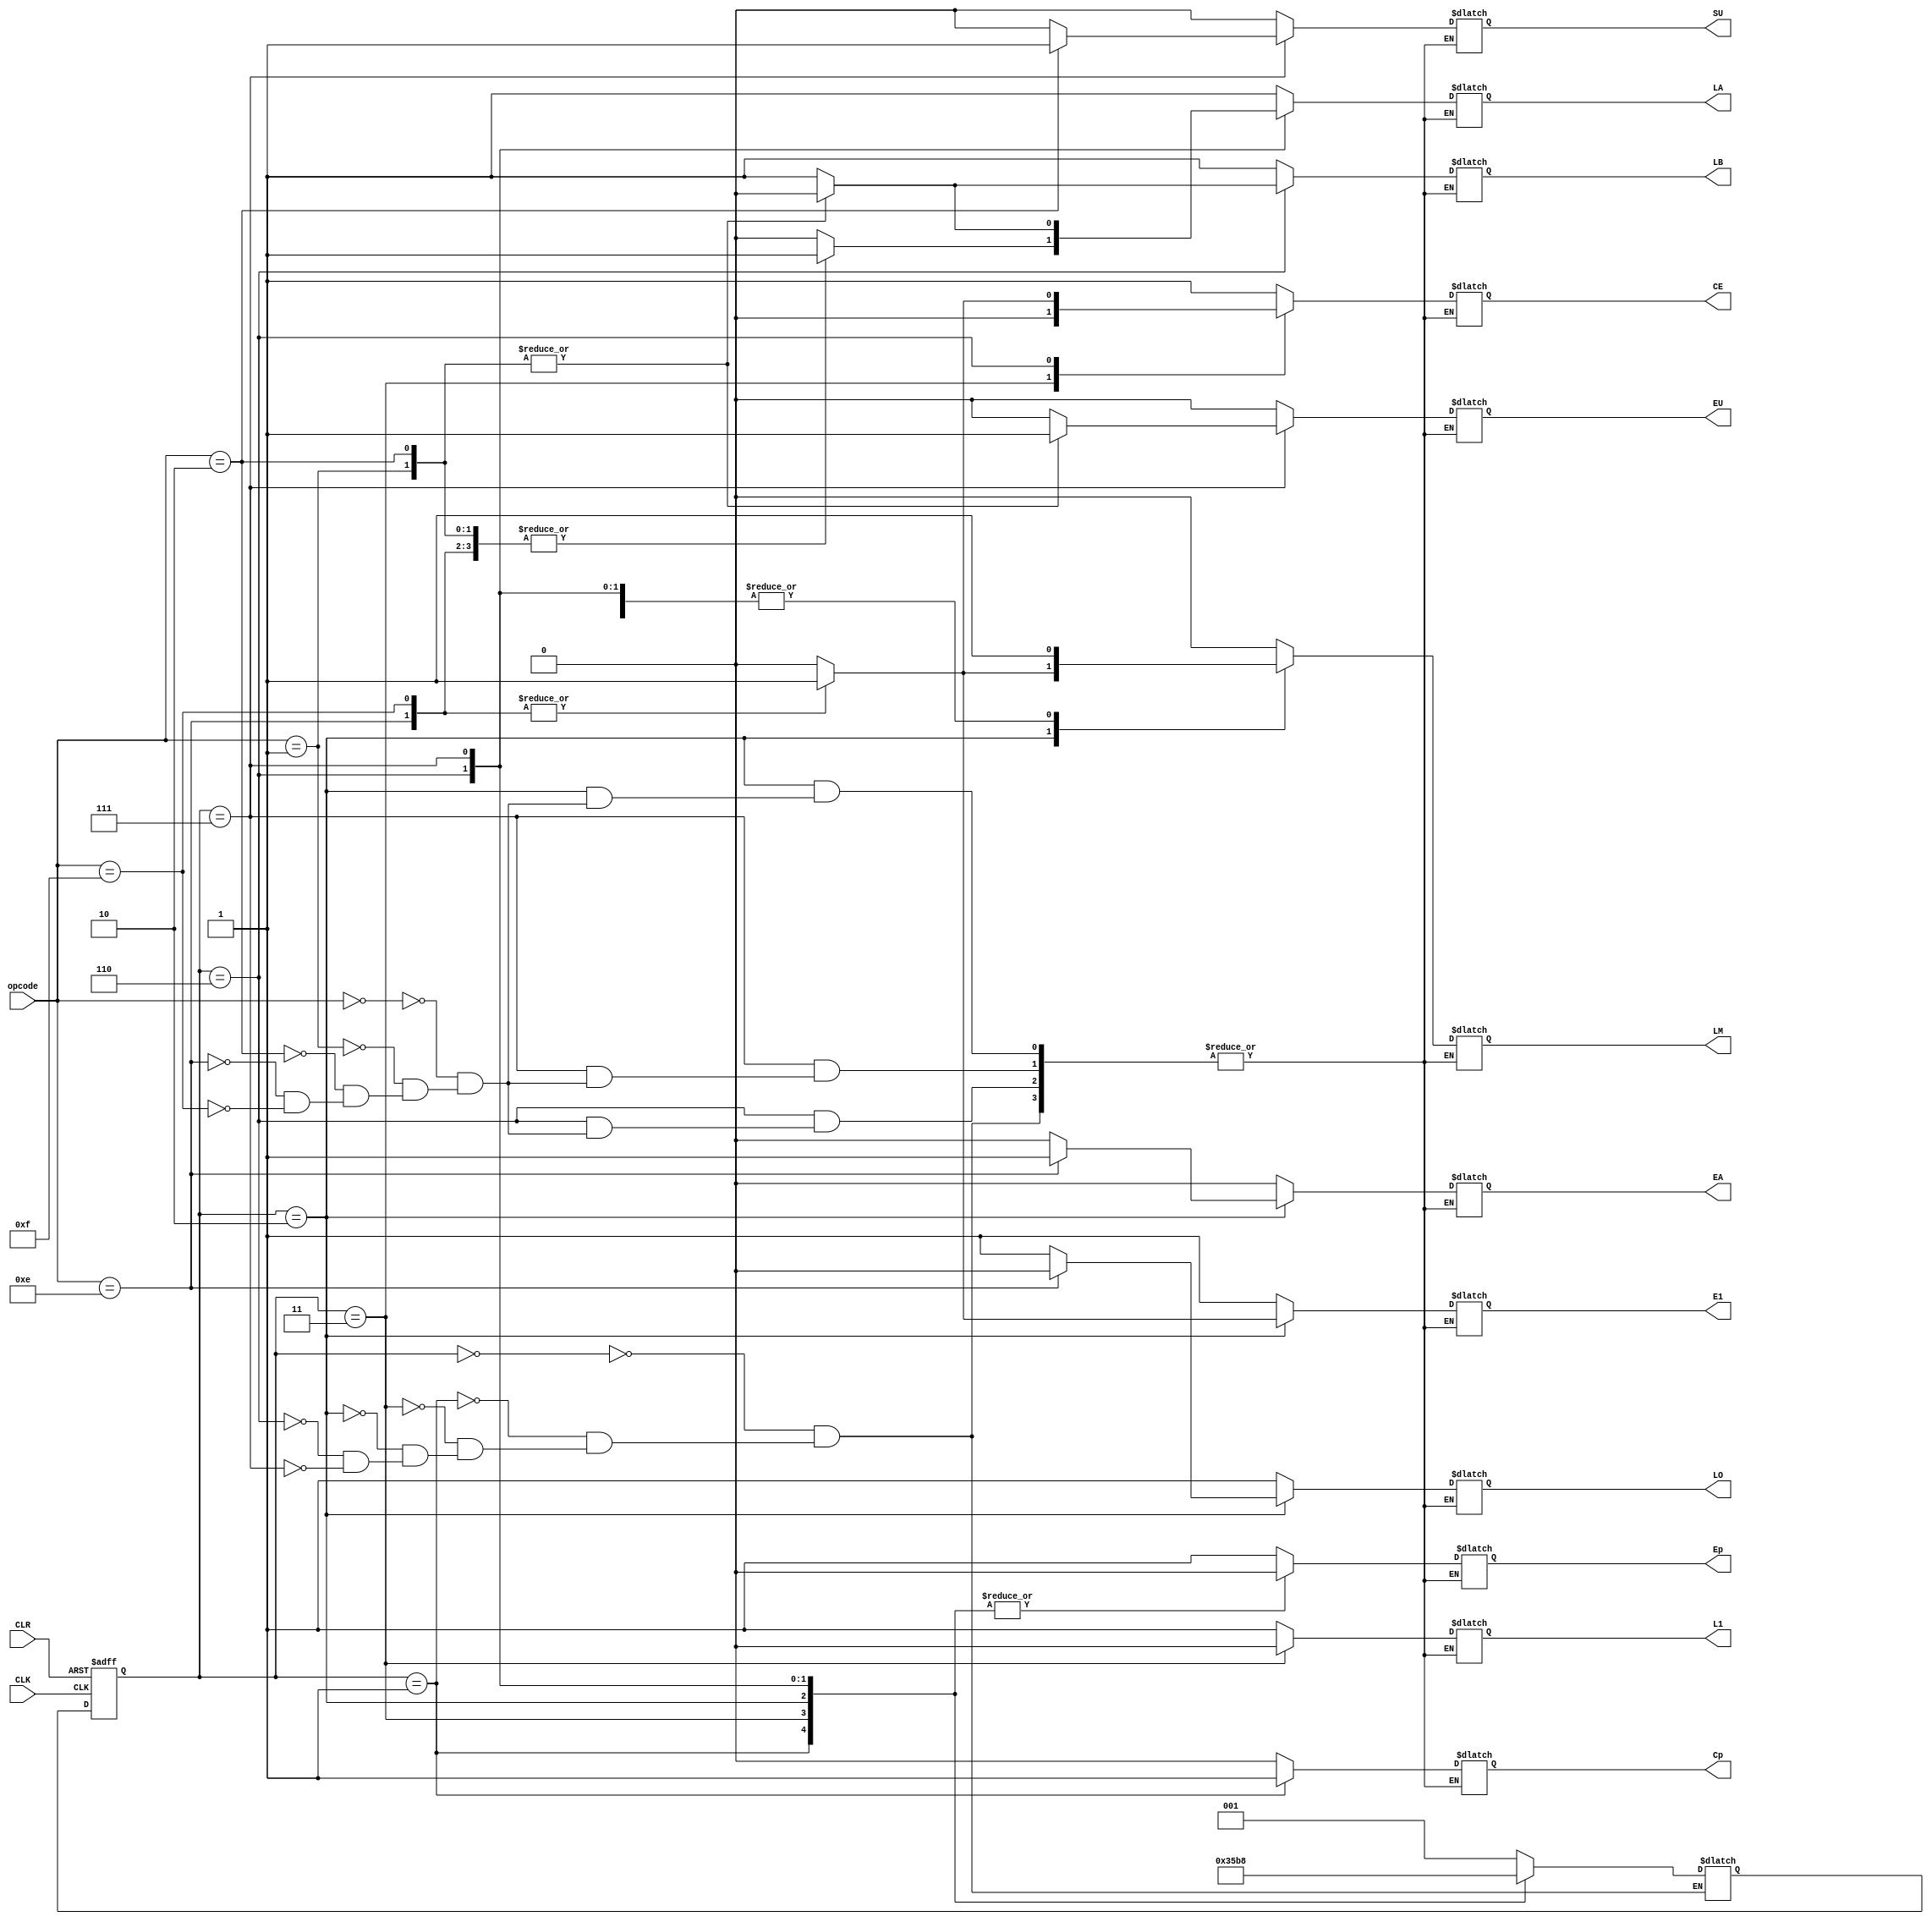
module controller_sequencer#(parameter WIDTH=4)(input [WIDTH-1:0] opcode,
input CLK,
input CLR,
output reg Cp,
output reg Ep,
output reg LM,
output reg CE,
output reg L1,
output reg E1,
output reg LA,
output reg EA,
output reg SU,
output reg EU,
output reg LB,
output reg LO);
localparam ADDRESS_STATE=3'b000,
INCREMENT_STATE=3'b001,
MEMORY_STATE=3'b011,
execute_cycle1=3'b010,
execute_cycle2=3'b110,
execute_cycle3=3'b111;
reg [2:0] next_state,current_state;
always @(negedge CLK or negedge CLR)
 begin
  	if(!CLR)
	 begin
		current_state<='b0;
	 end
	else
	 begin
		current_state<=next_state;
	 end
 end
always @(*)
 begin
	case(current_state)
	 ADDRESS_STATE:begin
			next_state=INCREMENT_STATE;
		       end
	 INCREMENT_STATE:begin
			next_state=MEMORY_STATE;
		       end
	 MEMORY_STATE:begin
			next_state=execute_cycle1;
		       end
	 execute_cycle1:begin
			next_state=execute_cycle2;
		       end
	 execute_cycle2:begin
			next_state=execute_cycle3;
		       end
	 execute_cycle3:begin
			next_state=ADDRESS_STATE;
		       end
	 endcase
 end
always @(*)
 begin
	case(current_state)
	 ADDRESS_STATE:begin
			 Cp=1'b0;
			 Ep=1'b1;
			 LM=1'b0;
			 CE=1'b1;
			 L1=1'b1;
			 E1=1'b1;
			 LA=1'b1;
			 EA=1'b0;
			 SU=1'b0;
			 EU=1'b0;
			 LB=1'b1;
			 LO=1'b1;
		       end
	 INCREMENT_STATE:begin
			 Cp=1'b1;
			 Ep=1'b0;
			 LM=1'b1;
			 CE=1'b1;
			 L1=1'b1;
			 E1=1'b1;
			 LA=1'b1;
			 EA=1'b0;
			 SU=1'b0;
			 EU=1'b0;
			 LB=1'b1;
			 LO=1'b1;			
		       end
	 MEMORY_STATE:begin
			 Cp=1'b0;
			 Ep=1'b0;
			 LM=1'b1;
			 CE=1'b0;
			 L1=1'b0;
			 E1=1'b1;
			 LA=1'b1;
			 EA=1'b0;
			 SU=1'b0;
			 EU=1'b0;
			 LB=1'b1;
			 LO=1'b1;
		       end
	 execute_cycle1:begin
			case(opcode)
			 'b0000:begin  //load instruction
				 Cp=1'b0;
				 Ep=1'b0;
				 LM=1'b0;
				 CE=1'b1;
				 L1=1'b1;
				 E1=1'b0;
				 LA=1'b1;
				 EA=1'b0;
				 SU=1'b0;
				 EU=1'b0;
				 LB=1'b1;
				 LO=1'b1;						
				end
			 'b0001:begin  //add instruction
				 Cp=1'b0;
				 Ep=1'b0;
				 LM=1'b0;
				 CE=1'b1;
				 L1=1'b1;
				 E1=1'b0;
				 LA=1'b1;
				 EA=1'b0;
				 SU=1'b0;
				 EU=1'b0;
				 LB=1'b1;
				 LO=1'b1;					
				end
			 'b0010:begin  //SUB instruction
				 Cp=1'b0;
				 Ep=1'b0;
				 LM=1'b0;
				 CE=1'b1;
				 L1=1'b1;
				 E1=1'b0;
				 LA=1'b1;
				 EA=1'b0;
				 SU=1'b0;
				 EU=1'b0;
				 LB=1'b1;
				 LO=1'b1;					
				end
			 'b1110:begin  // OUT instruction
				 Cp=1'b0;
				 Ep=1'b0;
				 LM=1'b1;
				 CE=1'b1;
				 L1=1'b1;
				 E1=1'b1;
				 LA=1'b1;
				 EA=1'b1;
				 SU=1'b0;
				 EU=1'b0;
				 LB=1'b1;
				 LO=1'b0;					
				end
			 'b1111:begin  // HLT instruction
				 Cp=1'b0;
				 Ep=1'b0;
				 LM=1'b1;
				 CE=1'b1;
				 L1=1'b1;
				 E1=1'b1;
				 LA=1'b1;
				 EA=1'b0;
				 SU=1'b0;
				 EU=1'b0;
				 LB=1'b1;
				 LO=1'b1;
				end
			endcase
		       end
	 execute_cycle2:begin
		       case(opcode)
			 'b0000:begin  //load instruction
				 Cp=1'b0;
				 Ep=1'b0;
				 LM=1'b1;
				 CE=1'b0;
				 L1=1'b1;
				 E1=1'b1;
				 LA=1'b0;
				 EA=1'b0;
				 SU=1'b0;
				 EU=1'b0;
				 LB=1'b1;
				 LO=1'b1;						
				end
			 'b0001:begin  //add instruction
				 Cp=1'b0;
				 Ep=1'b0;
				 LM=1'b1;
				 CE=1'b0;
				 L1=1'b1;
				 E1=1'b1;
				 LA=1'b1;
				 EA=1'b0;
				 SU=1'b0;
				 EU=1'b0;
				 LB=1'b0;
				 LO=1'b1;					
				end
			 'b0010:begin  //SUB instruction
				 Cp=1'b0;
				 Ep=1'b0;
				 LM=1'b1;
				 CE=1'b0;
				 L1=1'b1;
				 E1=1'b1;
				 LA=1'b1;
				 EA=1'b0;
				 SU=1'b0;
				 EU=1'b0;
				 LB=1'b0;
				 LO=1'b1;						
				end
			 'b1110:begin  // OUT instruction
				 Cp=1'b0;
				 Ep=1'b0;
				 LM=1'b1;
				 CE=1'b1;
				 L1=1'b1;
				 E1=1'b1;
				 LA=1'b1;
				 EA=1'b0;
				 SU=1'b0;
				 EU=1'b0;
				 LB=1'b1;
				 LO=1'b1;					
				end
			 'b1111:begin  // HLT instruction
				 Cp=1'b0;
				 Ep=1'b0;
				 LM=1'b1;
				 CE=1'b1;
				 L1=1'b1;
				 E1=1'b1;
				 LA=1'b1;
				 EA=1'b0;
				 SU=1'b0;
				 EU=1'b0;
				 LB=1'b1;
				 LO=1'b1;				 					
				end
			endcase
		       end
	 execute_cycle3:begin
		       case(opcode)
			 'b0000:begin  //load instruction
				 Cp=1'b0;
				 Ep=1'b0;
				 LM=1'b1;
				 CE=1'b1;
				 L1=1'b1;
				 E1=1'b1;
				 LA=1'b1;
				 EA=1'b0;
				 SU=1'b0;
				 EU=1'b0;
				 LB=1'b1;
				 LO=1'b1;						
				end
			 'b0001:begin  //add instruction
				 Cp=1'b0;
				 Ep=1'b0;
				 LM=1'b1;
				 CE=1'b1;
				 L1=1'b1;
				 E1=1'b1;
				 LA=1'b0;
				 EA=1'b0;
				 SU=1'b0;
				 EU=1'b1;
				 LB=1'b1;
				 LO=1'b1;					
				end
			 'b0010:begin  //SUB instruction
				 Cp=1'b0;
				 Ep=1'b0;
				 LM=1'b1;
				 CE=1'b1;
				 L1=1'b1;
				 E1=1'b1;
				 LA=1'b0;
				 EA=1'b0;
				 SU=1'b1;
				 EU=1'b1;
				 LB=1'b1;
				 LO=1'b1;						
				end
			 'b1110:begin  // OUT instruction
				 Cp=1'b0;
				 Ep=1'b0;
				 LM=1'b1;
				 CE=1'b1;
				 L1=1'b1;
				 E1=1'b1;
				 LA=1'b1;
				 EA=1'b0;
				 SU=1'b0;
				 EU=1'b0;
				 LB=1'b1;
				 LO=1'b1;					
				end
			 'b1111:begin  // HLT instruction
				 Cp=1'b0;
				 Ep=1'b0;
				 LM=1'b1;
				 CE=1'b1;
				 L1=1'b1;
				 E1=1'b1;
				 LA=1'b1;
				 EA=1'b0;
				 SU=1'b0;
				 EU=1'b0;
				 LB=1'b1;
				 LO=1'b1;				 					
				end
			endcase			
		       end
		endcase
 end
endmodule